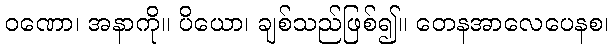
ဝဏော၊ အနာကို။ ပိယော၊ ချစ်သည်ဖြစ်၍။ တေနအာလေပေနစ၊